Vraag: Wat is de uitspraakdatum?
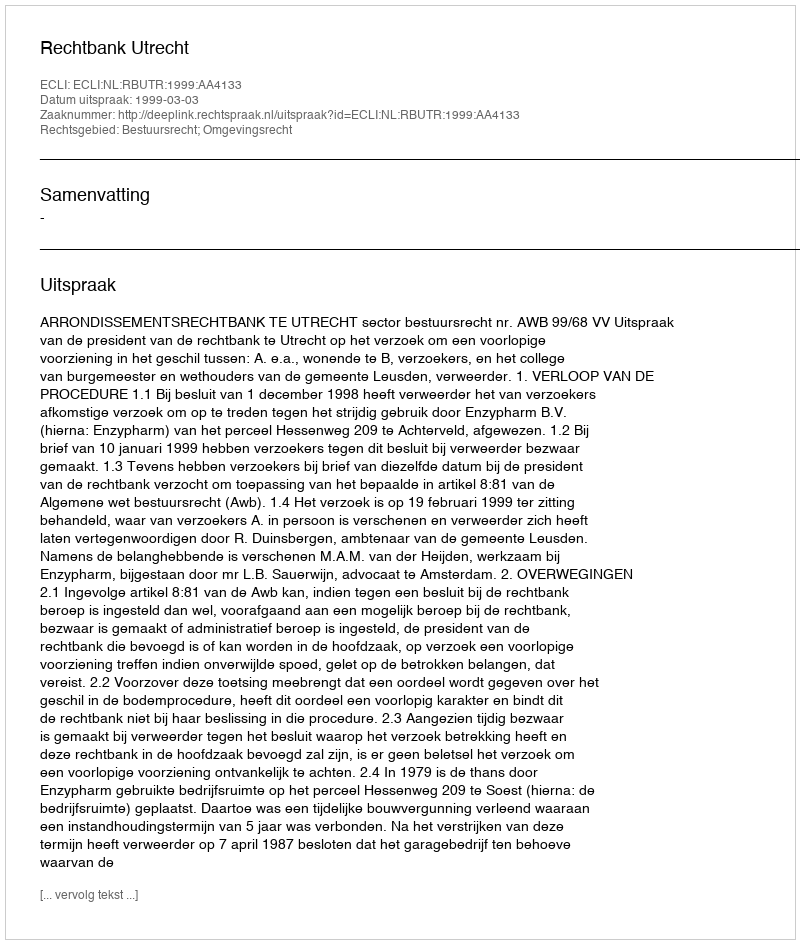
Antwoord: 1999-03-03